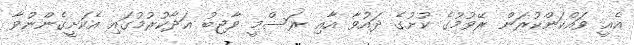
އެއީ ވައްކަންކުރަން ރޭވުމުގެ ކުށުގެ ދައުވާ އާއި ރަސްމީ ވާޖިބު އަދާކުރުމުގައި އެކަށީގެންނުވާ